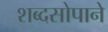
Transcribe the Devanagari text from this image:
शब्दसोपाने